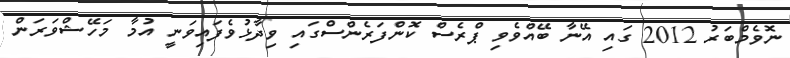
ނޮވެމްބަރު 2012 ގައި އޭނާ ބޭއްވެވި ޕްރެސް ކޮންފަރެންސްގައި ވިދާޅުވެފައިވަނީ އުމާ މަހޭޝްވަރަން